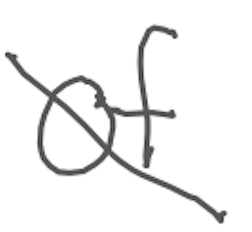
Text: of
Cross-out: diagonal
Writing tool: digital_gray